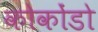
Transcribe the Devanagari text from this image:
कोकोंडो